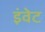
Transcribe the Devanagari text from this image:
इंवेट